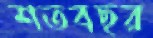
শতবছর